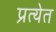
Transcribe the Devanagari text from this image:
प्रत्येत